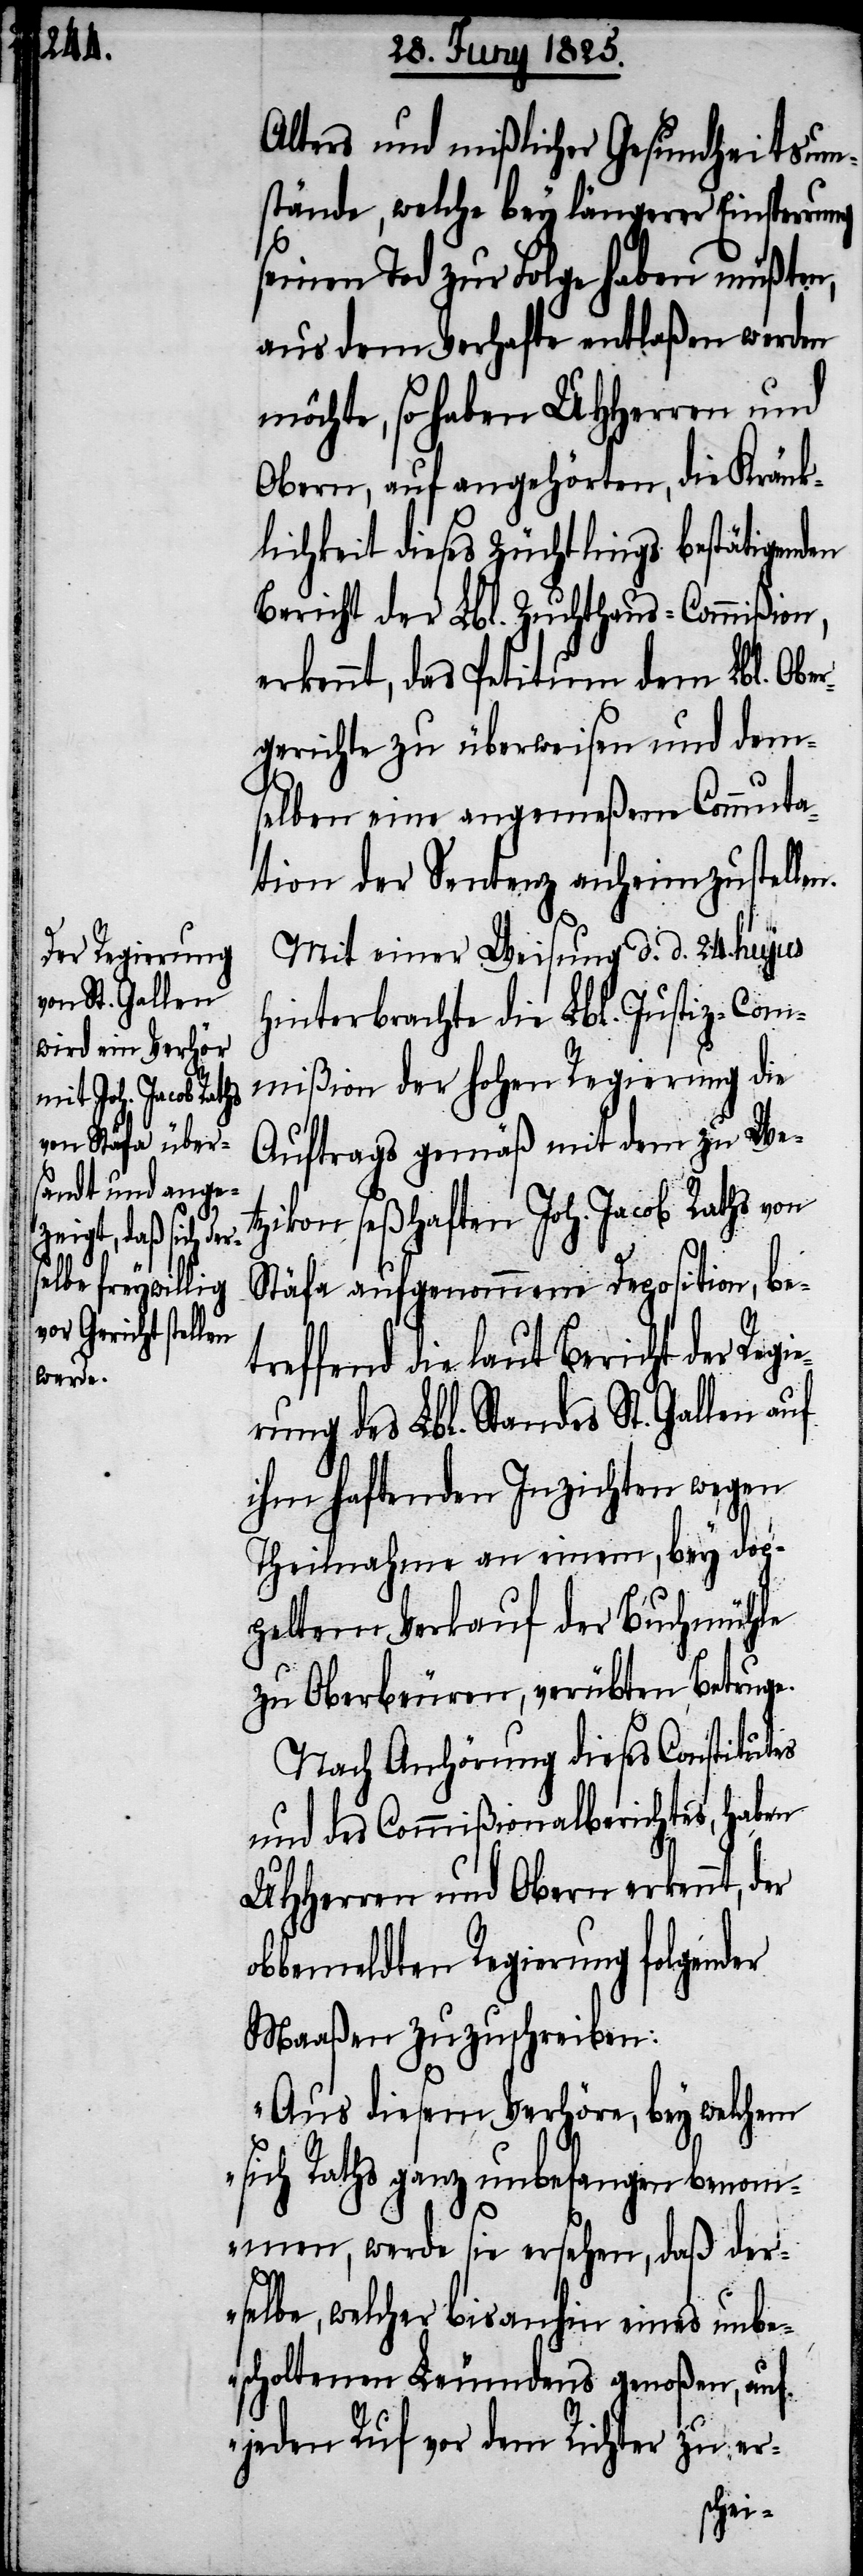
ng

Alters und mißlicher Gesundheitsum¬
stände, welche bey längerer Einsperru¬
seinen Tod zur Folge haben müßten,
aus dem Verhafte entlaßen werden
möchte, so haben UHHerren und
Obern, auf angehörten, die Kränk¬
lichkeit dieses Züchtlings bestätigenden
Bericht der Lbl. Zuchthaus-Commißion,
erkennt, das Petitum dem Lbl. Obe¬
rgerichte zu überweisen und dem¬
selben eine angemeßene Commuta¬
tion der Sentenz anheimzustellen.
Mit einer Weisung d. d. 24. hujus
hinterbrachte die Lbl. Justiz-Com¬
mißion der hohen Regierung die
Auftrags gemäß mit dem zu Wet¬
zikon seßhaften Joh. Jacob Raths von
Stäfa aufgenommene Deposition, be¬
treffend die laut Bericht der Regi¬
erung des Lbl. Standes St. Gallen auf
ihm haftenden Inzichten wegen
Theilnahme an einem, bey dop¬
peltem Verkauf der Buchmühle
zu Oberbeuren, verübten Betruge.
Nach Anhörung dieses Constitutes
und des Commißionalberichtes, haben
UHHerren und Obern erkennt, der
obbemeldten Regierung folgender
Maaßen zuzuschreiben:
„Aus diesem Verhöre, bey welchem
sich Raths ganz unbefangen benom¬
men, werde sie ersehen, daß der¬
selbe, welcher bis anhin eines unbe¬
scholtenen Leumdens genoßen, auf
jeden Ruf vor dem Richter zu er-